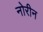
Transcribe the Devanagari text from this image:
नोरीन